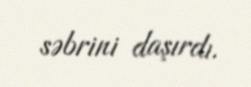
səbrini daşırdı.